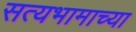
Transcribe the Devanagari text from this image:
सत्यभामाच्या